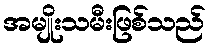
အမျိုးသမီးဖြစ်သည်